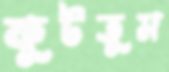
কুটতুম